Civil Veterinary Department Bengal reports 1933-51 - 1933-1951
Year: 1933
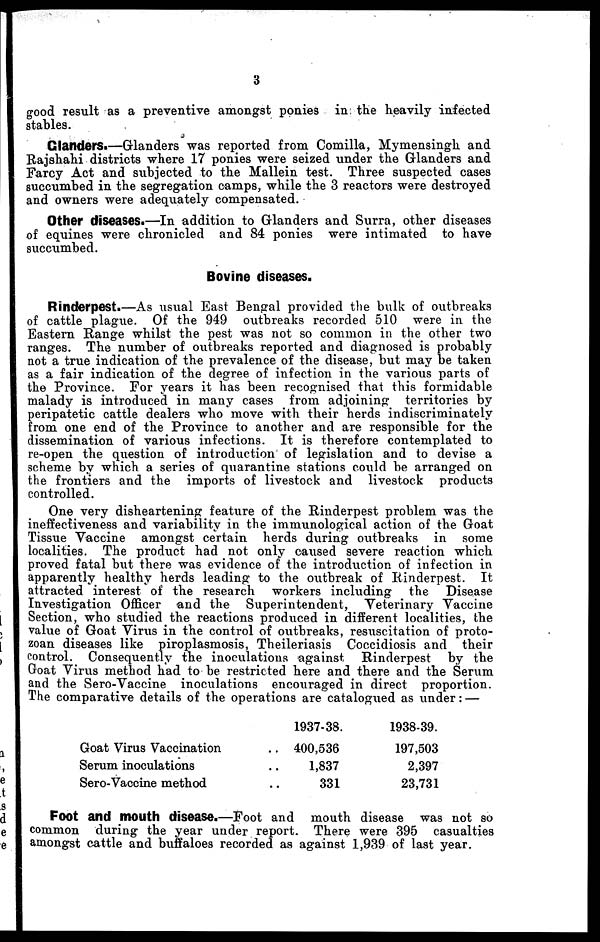
6
good result as a preventive amongst ponies in. the heavily infected
stables.
Glanders.—Glanders was reported from Comilla, Mymensingh and
Rajshahi districts where 17 ponies were seized under the Glanders and
Farcy Act and subjected to the Mallein test. Three suspected cases
succumbed in the segregation camps, while the 3 reactors were destroyed
and owners were adequately compensated.
Other diseases.—In addition to Glanders and Surra, other diseases
of equines were chronicled and 84 ponies were intimated to have
succumbed.
Bovine diseases.
Rinderpest.—As usual East Bengal provided the bulk of outbreaks
of cattle plague. Of the 949 outbreaks recorded 510 were in the
Eastern Range whilst the pest was not so common in the other two
ranges. The number of outbreaks reported and diagnosed is probably
not a true indication of the prevalence of the disease, but may be taken
as a fair indication of the degree of infection in the various parts of
the Province. For years it has been recognised that this formidable
malady is introduced in many cases from adjoining territories by
peripatetic cattle dealers who move with their herds indiscriminately
from one end of the Province to another and are responsible for the
dissemination of various infections. It is therefore contemplated to
re-open the question of introduction of legislation and to devise a
scheme by which a series of quarantine stations could be arranged on
the frontiers and the imports of livestock and livestock products
controlled.
One very disheartening feature of the Rinderpest problem was the
ineffectiveness and variability in the immunological action of the Goat
Tissue Vaccine amongst certain herds during outbreaks in some
localities. The product had not only caused severe reaction which
proved fatal but there was evidence of the introduction of infection in
apparently healthy herds leading to the outbreak of Rinderpest. It
attracted interest of the research workers including the Disease
Investigation Officer and the Superintendent, Veterinary Vaccine
Section, who studied the reactions produced in different localities, the
value of Goat Virus in the control of outbreaks, resuscitation of proto-
zoan diseases like piroplasmosis, Theileriasis Coccidiosis and their
control. Consequently the inoculations against Rinderpest by the
Goat Virus method had to be restricted here and there and the Serum
and the Sero-Vaccine inoculations encouraged in direct proportion.
The comparative details of the operations are catalogued as under: —
Goat Virus Vaccination ..
Serum inoculations ..
Sero-Vaccine method ..
1937-38.
400,536
1,837
331
1938-39.
197,503
2,397
23,731
Foot and mouth disease.—Foot and mouth disease was not so
common during the year under report. There were 395 casualties
amongst cattle and buffaloes recorded as against 1,939 of last year.